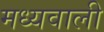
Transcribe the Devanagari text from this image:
मध्यवाली